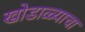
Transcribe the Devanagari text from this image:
खोडाळ्याचा